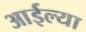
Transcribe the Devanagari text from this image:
आईल्या